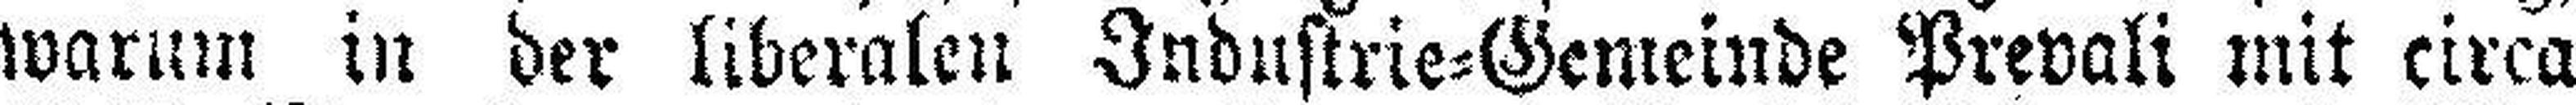
warum in der liberalen Industrie=Gemeinde Prevali mit circa